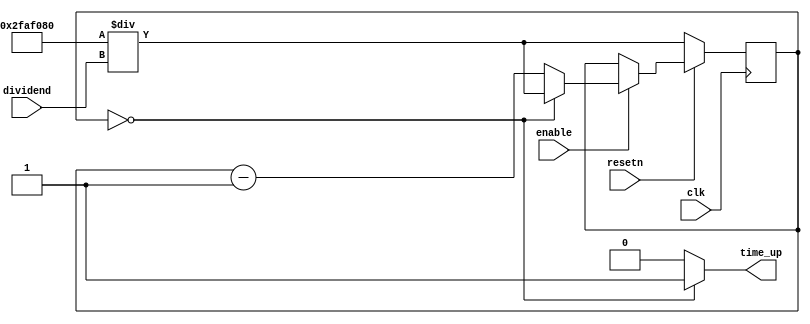




module timer_s(
    input clk, resetn, enable, 
    input [25:0] dividend,
    output time_up
);
    reg [25:0] count;
    wire [25:0] check_value;
    assign check_value = 26'd50000000 / dividend;

    always @(posedge clk) begin
        if (!resetn)
			count <= check_value;
		else if (enable) begin
			if (count == 26'd0)
				count <= check_value;
			else
				count <= count - 1'b1;
		end
    end
    assign time_up = (count == 26'd0) ? 1 : 0;
endmodule














module timer_1_1_s(
    input clk, resetn, enable,
    output time_up
);
    reg [25:0] count;
    always @(posedge clk) begin
        if (!resetn)
			count <= 26'd50000000;
		else if (enable) begin
			if (count == 26'd0)
				count <= 26'd50000000;
			else
				count <= count - 1'b1;
		end
    end
    assign time_up = (count == 26'd0) ? 1 : 0;
endmodule



module timer_1_2_s(
    input clk, resetn, enable,
    output time_up
);
    reg [25:0] count;
    always @(posedge clk) begin
        if (!resetn)
			count <= 26'd25000000;
		else if (enable) begin
			if (count == 26'd0)
				count <= 26'd25000000;
			else
				count <= count - 1'b1;
		end
    end
    assign time_up = (count == 26'd0) ? 1 : 0;
endmodule




module timer_1_4_s(
    input clk, resetn, enable,
    output time_up
);
    reg [25:0] count;
    always @(posedge clk) begin
        if (!resetn)
			count <= 26'd12500000;
		else if (enable) begin
			if (count == 26'd0)
				count <= 26'd12500000;
			else
				count <= count - 1'b1;
		end
    end
    assign time_up = (count == 26'd0) ? 1 : 0;
endmodule



module timer_1_8_s(
    input clk, resetn, enable,
    output time_up
);
    reg [25:0] count;
    always @(posedge clk) begin
        if (!resetn)
			count <= 26'd625000;
		else if (enable) begin
			if (count == 26'd0)
				count <= 26'd625000;
			else
				count <= count - 1'b1;
		end
    end
    assign time_up = (count == 26'd0) ? 1 : 0;
endmodule



module timer_1_32_s(
    input clk, resetn, enable,
    output time_up
);
    reg [25:0] count;
    always @(posedge clk) begin
        if (!resetn)
			count <= 26'd1562500;
		else if (enable) begin
			if (count == 26'd0)
				count <= 26'd1562500;
			else
				count <= count - 1'b1;
		end
    end
    assign time_up = (count == 26'd0) ? 1 : 0;
endmodule




module timer_1_64_s(
    input clk, resetn, enable,
    output time_up
);
    reg [25:0] count;
    always @(posedge clk) begin
        if (!resetn)
			count <= 26'd781250;
		else if (enable) begin
			if (count == 26'd0)
				count <= 26'd781250;
			else
				count <= count - 1'b1;
		end
    end
    assign time_up = (count == 26'd0) ? 1 : 0;
endmodule






module timer_1_100_s(
    input clk, resetn, enable,
    output time_up
);
    reg [25:0] count;
    always @(posedge clk) begin
        if (!resetn)
			count <= 26'd500000;
		else if (enable) begin
			if (count == 26'd0)
				count <= 26'd500000;
			else
				count <= count - 1'b1;
		end
    end
    assign time_up = (count == 26'd0) ? 1 : 0;
endmodule



module timer_1_200_s(
    input clk, resetn, enable,
    output time_up
);
    reg [25:0] count;
    always @(posedge clk) begin
        if (!resetn)
			count <= 26'd250000;
		else if (enable) begin
			if (count == 26'd0)
				count <= 26'd250000;
			else
				count <= count - 1'b1;
		end
    end
    assign time_up = (count == 26'd0) ? 1 : 0;
endmodule






module timer_1_500_s(
    input clk, resetn, enable,
    output time_up
);
    reg [25:0] count;
    always @(posedge clk) begin
        if (!resetn)
			count <= 26'd100000;
		else if (enable) begin
			if (count == 26'd0)
				count <= 26'd100000;
			else
				count <= count - 1'b1;
		end
    end
    assign time_up = (count == 26'd0) ? 1 : 0;
endmodule



module timer_1_1000_s(
    input clk, resetn, enable,
    output time_up
);
    reg [25:0] count;
    always @(posedge clk) begin
        if (!resetn)
			count <= 26'd50000;
		else if (enable) begin
			if (count == 26'd0)
				count <= 26'd50000;
			else
				count <= count - 1'b1;
		end
    end
    assign time_up = (count == 26'd0) ? 1 : 0;
endmodule




module timer_1_5000_s(
    input clk, resetn, enable,
    output time_up
);
    reg [25:0] count;
    always @(posedge clk) begin
        if (!resetn)
			count <= 26'd10000;
		else if (enable) begin
			if (count == 26'd0)
				count <= 26'd10000;
			else
				count <= count - 1'b1;
		end
    end
    assign time_up = (count == 26'd0) ? 1 : 0;
endmodule




module timer_1_10000_s(
    input clk, resetn, enable,
    output time_up
);
    reg [25:0] count;
    always @(posedge clk) begin
        if (!resetn)
			count <= 26'd5000;
		else if (enable) begin
			if (count == 26'd0)
				count <= 26'd5000;
			else
				count <= count - 1'b1;
		end
    end
    assign time_up = (count == 26'd0) ? 1 : 0;
endmodule